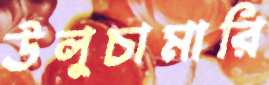
উলুচামারি